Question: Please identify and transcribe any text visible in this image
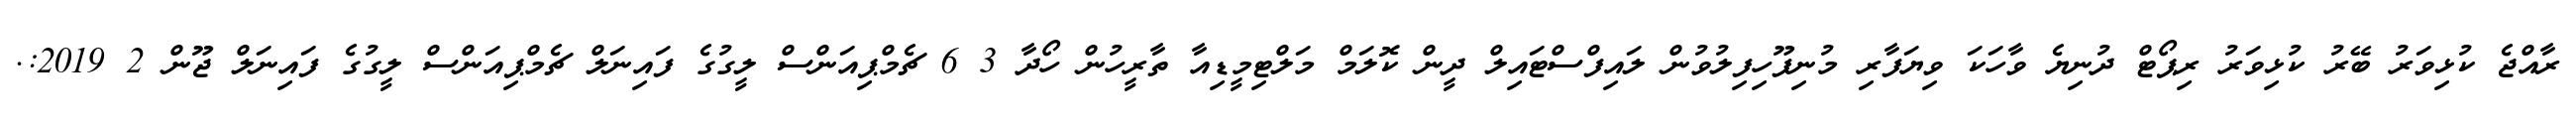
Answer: ރާއްޖެ ކުޅިވަރު ބޭރު ކުޅިވަރު ރިޕޯޓް ދުނިޔެ ވާހަކަ ވިޔަފާރި މުނިފޫހިފިލުވުން ލައިފްސްޓައިލް ދީން ކޮލަމް މަލްޓިމީޑިއާ ތާރީހުން ހޯދާ 3 6 ޗެމްޕިއަންސް ލީގުގެ ފައިނަލް ޗެމްޕިއަންސް ލީގުގެ ފައިނަލް ޖޫން 2 2019:.